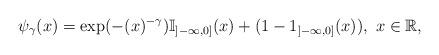
LaTeX: \begin{align*}\psi _{\gamma }(x)=\exp (-(x)^{-\gamma })\mathbb{I}_{\left] -\infty ,0\right]}(x)+(1-1_{\left] -\infty ,0\right] }(x)), \ x\in \mathbb{R},\ \end{align*}